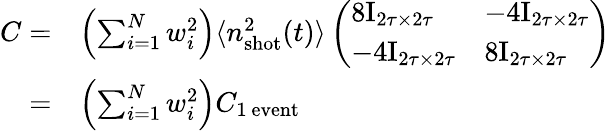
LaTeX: \begin{array}{rl}{C=}&{\left(\sum_{i=1}^{N}w_{i}^{2}\right)\langle n_{\mathrm{shot}}^{2}(t)\rangle\left(\begin{array}{ll}{8\mathrm{I}_{2\tau\times 2\tau}}&{-4\mathrm{I}_{2\tau\times 2\tau}}\\ {-4\mathrm{I}_{2\tau\times 2\tau}}&{8\mathrm{I}_{2\tau\times 2\tau}}\end{array}\right)}\\ {=}&{\left(\sum_{i=1}^{N}w_{i}^{2}\right)C_{\mathrm{1~event}}}\end{array}